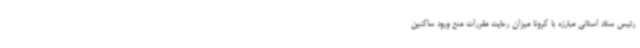
رئیس ستاد استانی مبارزه با کرونا میزان رعایت مقررات منع ورود ساکنین